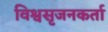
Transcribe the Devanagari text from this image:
विश्वसृजनकर्ता